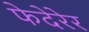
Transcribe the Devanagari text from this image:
फेदेरेर